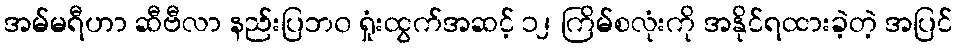
အမ်မရီဟာ ဆီဗီလာ နည်းပြဘ၀ ရှုံးထွက်အဆင့် ၁၂ ကြိမ်စလုံးကို အနိုင်ရထားခဲ့တဲ့ အပြင်